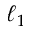
\ell _ { 1 }